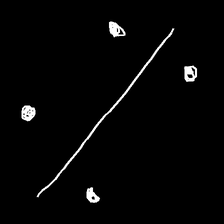
Glyph: cool